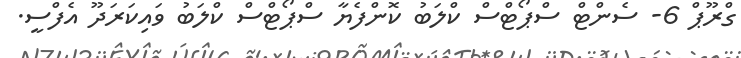
ގްރޫޕް 6- ސެންޓް ސްޕޯޓްސް ކްލަބު ކޮންފެޔާ ސްޕޯޓްސް ކްލަބު ވައިކަރަދޫ އެފްސީ.